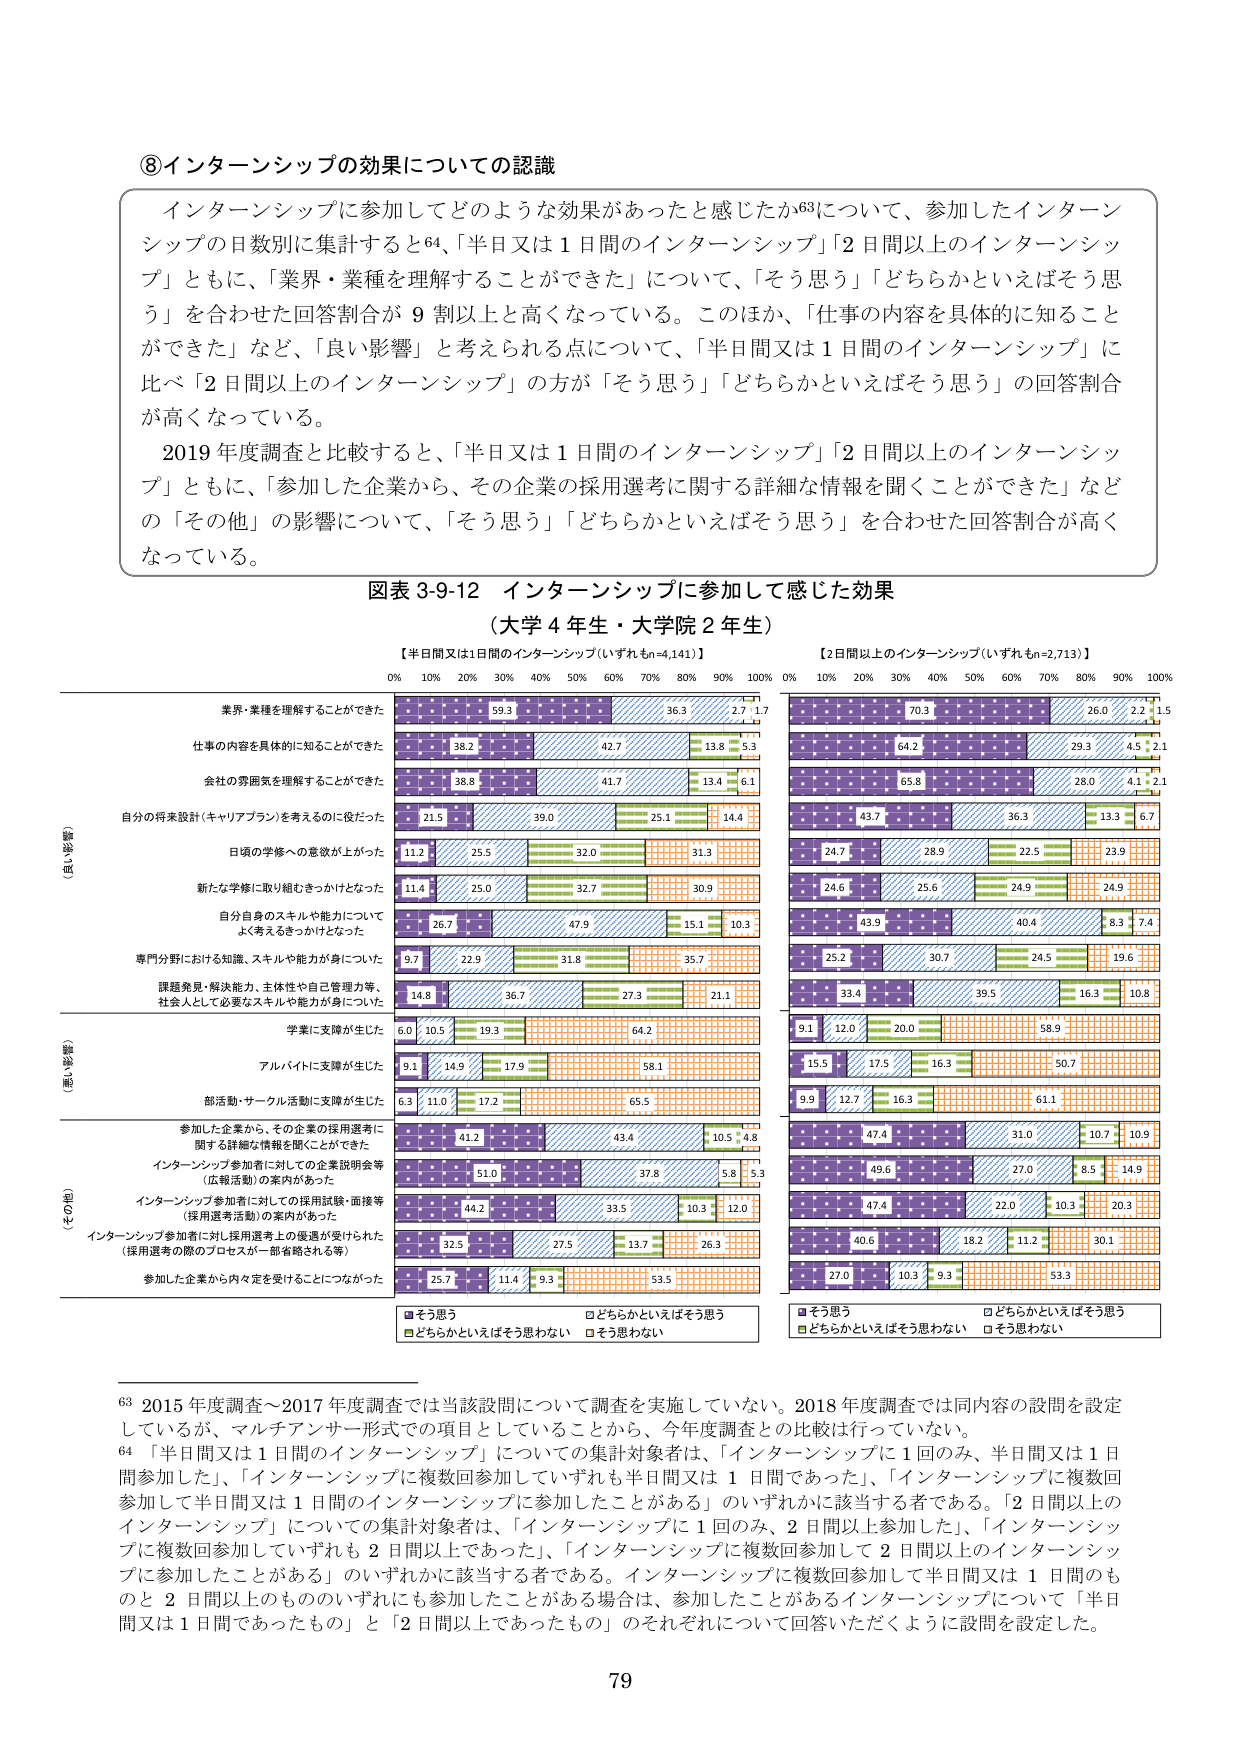
⑧インターンシップの効果についての認識

インターンシップに参加してどのような効果があったと感じたか63について、参加したインターンシップの日数別に集計すると64、「半日又は1日間のインターンシップ」「2日間以上のインターンシップ」ともに、「業界・業種を理解することができた」について、「そう思う」「どちらかといえばそう思う」を合わせた回答割合が9割以上と高くなっている。このほか、「仕事の内容を具体的に知ることができた」など、「良い影響」と考えられる点について、「半日間又は1日間のインターンシップ」に比べ「2日間以上のインターンシップ」の方が「そう思う」「どちらかといえばそう思う」の回答割合が高くなっている。

2019年度調査と比較すると、「半日又は1日間のインターンシップ」「2日間以上のインターンシップ」ともに、「参加した企業から、その企業の採用選考に関する詳細な情報を聞くことができた」などの「その他」の影響について、「そう思う」「どちらかといえばそう思う」を合わせた回答割合が高くなっている。

図表3-9-12 インターンシップに参加して感じた効果
（大学4年生・大学院2年生）

【半日間又は1日間のインターンシップ（いずれもn=4,141）】
【2日間以上のインターンシップ（いずれもn=2,713）】

0% 10% 20% 30% 40% 50% 60% 70% 80% 90% 100%
0% 10% 20% 30% 40% 50% 60% 70% 80% 90% 100%

業界・業種を理解することができた
59.3 36.3 2.7 1.7
70.3 26.0 2.2 1.5

仕事の内容を具体的に知ることができた
38.2 42.7 13.8 5.3
64.2 29.3 4.5 2.1

会社の雰囲気を理解することができた
38.8 41.7 13.4 6.1
65.8 26.0 4.1 2.1

自分の将来設計（キャリアプラン）を考えるのに役だった
21.5 39.0 25.1 14.4
43.7 36.3 13.3 6.7

日頃の学修への意欲が上がった
11.2 25.5 32.0 31.3
24.7 28.9 22.5 23.9

新たな学修に取り組むきっかけとなった
11.4 25.0 32.7 30.9
24.6 25.6 24.9 24.9

自分自身のスキルや能力について
よく考えるきっかけとなった
26.7 47.9 15.1 10.3
43.9 40.4 8.3 7.4

専門分野における知識、スキルや能力が身についた
9.7 22.9 31.8 35.7
25.2 30.7 24.5 19.6

課題発見、解決能力、主体性や自己管理力等、
社会人として必要なスキルや能力が身についた
14.8 36.7 27.3 21.1
33.4 39.5 16.3 10.8

学業に支障が生じた
6.0 10.5 19.3 64.2
9.1 12.0 20.0 58.9

アルバイトに支障が生じた
9.1 14.9 17.9 58.1
15.5 17.5 16.3 50.7

部活動・サークル活動に支障が生じた
6.3 11.0 17.2 65.5
9.9 12.7 16.3 61.1

参加した企業から、その企業の採用選考に
関する詳細な情報を聞くことができた
41.2 43.4 10.5 4.8
47.4 31.0 10.7 10.9

インターンシップ参加者に対しての企業説明会等
（広報活動）の案内があった
51.0 37.8 5.8 5.3
49.6 27.0 8.5 14.9

インターンシップ参加者に対しての採用試験・面接等
（採用選考活動）の案内があった
44.2 33.5 10.3 12.0
47.4 22.0 10.3 20.3

インターンシップ参加者に対し採用選考上の優遇が受けられた
（採用選考の際のプロセスが一部省略される等）
32.5 27.5 13.7 26.3
40.6 18.2 11.2 30.1

参加した企業から内々定を受けることになった
25.7 11.4 9.3 53.5
27.0 10.3 9.3 53.3

■そう思う
□どちらかといえばそう思う
■どちらかといえばそう思わない
□そう思わない

■そう思う
□どちらかといえばそう思う
■どちらかといえばそう思わない
□そう思わない

63 2015年度調査～2017年度調査では当該設問について調査を実施していない。2018年度調査では同内容の設問を設定しているが、マルチアンサー形式での項目としていることから、今年度調査との比較は行っていない。

64 「半日間又は1日間のインターンシップ」についての集計対象者は、「インターンシップに1回のみ、半日間又は1日間参加した」、「インターンシップに複数回参加していずれも半日間又は1日間であった」、「インターンシップに複数回参加して半日間又は1日間のインターンシップに参加したことがある」のいずれかに該当する者である。「2日間以上のインターンシップ」についての集計対象者は、「インターンシップに1回のみ、2日間以上参加した」、「インターンシップに複数回参加していずれも2日間以上であった」、「インターンシップに複数回参加して2日間以上のインターンシップに参加したことがある」のいずれかに該当する者である。インターンシップに複数回参加して半日間又は1日間のものと2日間以上のもののいずれにも参加したことがある場合は、参加したことがあるインターンシップについて「半日間又は1日間であったもの」と「2日間以上であったもの」のそれぞれについて回答いただくように設問を設定した。

79